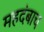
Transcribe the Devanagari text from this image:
महदंबाच